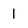
Character: 1